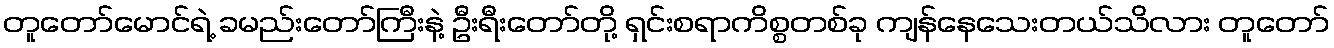
တူတော်မောင်ရဲ့ ခမည်းတော်ကြီးနဲ့ ဦးရီးတော်တို့ ရှင်းစရာကိစ္စတစ်ခု ကျန်နေသေးတယ်သိလား တူတော်